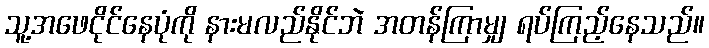
သူ့အဖေငိုင်နေပုံကို နားမလည်နိုင်ဘဲ အတန်ကြာမျှ ရပ်ကြည့်နေသည်။